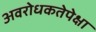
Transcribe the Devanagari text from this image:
अवरोधकतेपेक्षा